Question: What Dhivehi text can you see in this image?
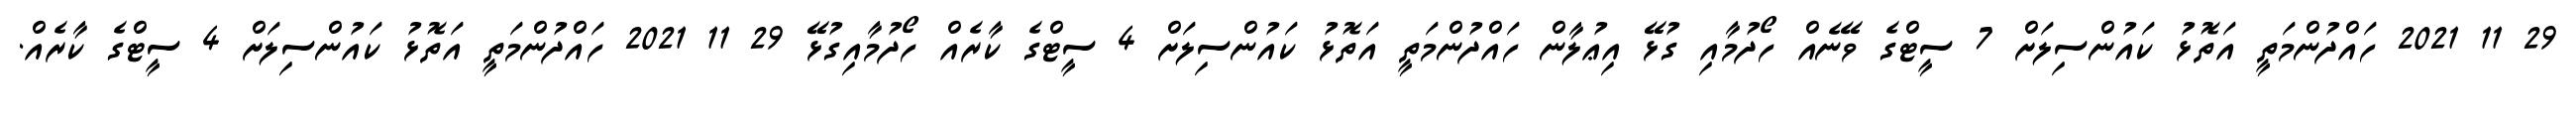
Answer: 29 11 2021 ހައްދުންމަތީ އަތޮޅު ކައުންސިލަށް 7 ސީޓްގެ ވޭނެއް ހޯދުމާއި ގުޅޭ އިޢުލާން ހައްދުންމަތީ އަތޮޅު ކައުންސިލަށް 4 ސީޓްގެ ކާރެއް ހޯދުމާއިގުޅޭ 29 11 2021 ހައްދުންމަތީ އަތޮޅު ކައުންސިލަށް 4 ސީޓްގެ ކާރެއް.